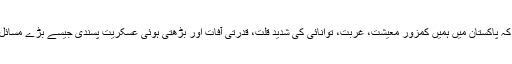
انہوں نے کہا کہ پاکستان میں ہمیں کمزور معیشت، غربت، توانائی کی شدید قلت، قدرتی آفات اور بڑھتی ہوئی عسکریت پسندی جیسے بڑے مسائل کا سامنا ہے۔